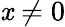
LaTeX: \mathit{x}\ne0